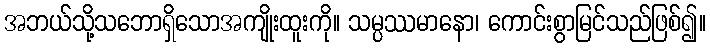
အဘယ်သို့သဘောရှိသောအကျိုးထူးကို။ သမ္ပဿမာနော၊ ကောင်းစွာမြင်သည်ဖြစ်၍။